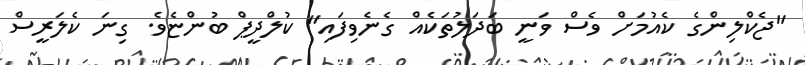
"ޖެކްލިންގެ ކެއުމަށް ވެސް ވަނީ ބަދަލުތަކެއް ގެނެވިފައި" ކުލްދީޕް ބުންޏެވެ. ގިނަ ކެލަރީސް